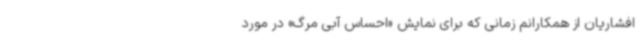
افشاریان از همکارانم زمانی که برای نمایش «احساس آبی مرگ» در مورد